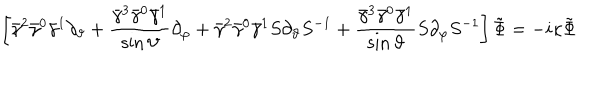
LaTeX: \left[ \bar { \gamma } ^ { 2 } \bar { \gamma } ^ { 0 } \bar { \gamma } ^ { 1 } \partial _ { \vartheta } + \frac { \bar { \gamma } ^ { 3 } \bar { \gamma } ^ { 0 } \bar { \gamma } ^ { 1 } } { \sin \vartheta } \partial _ { \varphi } + \bar { \gamma } ^ { 2 } \bar { \gamma } ^ { 0 } \bar { \gamma } ^ { 1 } S \partial _ { \vartheta } S ^ { - 1 } + \frac { \bar { \gamma } ^ { 3 } \bar { \gamma } ^ { 0 } \bar { \gamma } ^ { 1 } } { \sin \vartheta } S \partial _ { \varphi } S ^ { - 1 } \right] \tilde { \Phi } = - i \kappa \tilde { \Phi }